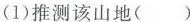
(1)推测该山地( )